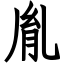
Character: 胤